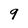
Character: 9